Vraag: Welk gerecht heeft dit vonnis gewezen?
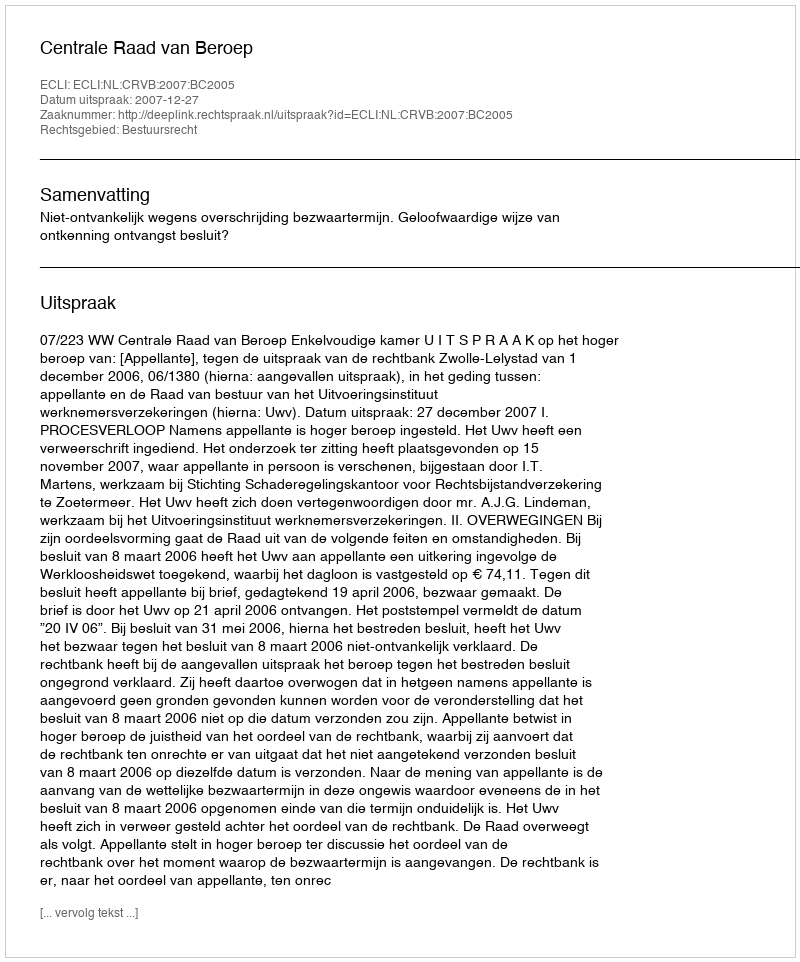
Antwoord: Centrale Raad van Beroep